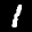
Label: 1